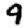
Digit: 9